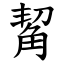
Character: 觢